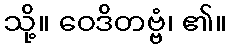
သို့။ ဝေဒိတဗ္ဗံ၊ ၏။